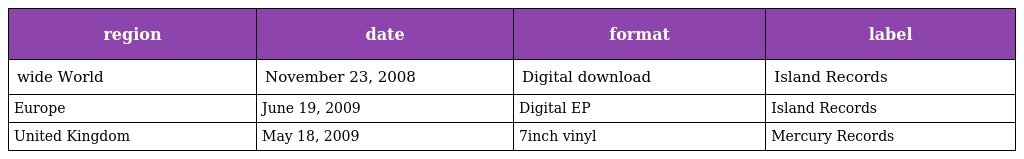
| region | date | format | label |
 | --- | --- | --- | --- |
 | wide World | November 23, 2008 | Digital download | Island Records |
 | Europe | June 19, 2009 | Digital EP | Island Records |
 | United Kingdom | May 18, 2009 | 7inch vinyl | Mercury Records |